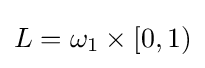
L=\omega _{1}\times [0,1)